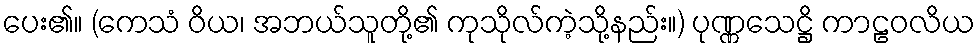
ပေး၏။ (ကေသံ ဝိယ၊ အဘယ်သူတို့၏ ကုသိုလ်ကဲ့သို့နည်း။) ပုဏ္ဏသေဋ္ဌိ ကာဠဝလိယ